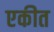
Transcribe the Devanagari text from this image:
एकीत